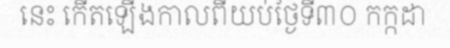
នេះ កើតឡើងកាលពីយប់ថ្ងៃទី៣០ កក្កដា